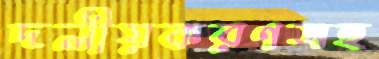
দলীয়করণসহ